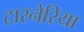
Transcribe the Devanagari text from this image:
टारनेरिया